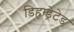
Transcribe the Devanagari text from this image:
डिहाड्रेटेड